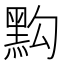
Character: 𪐯